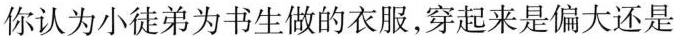
你认为小徒弟为书生做的衣服，穿起来是偏大还是